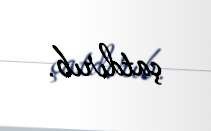
çatdırıb.